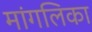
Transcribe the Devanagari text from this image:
मांगलिका